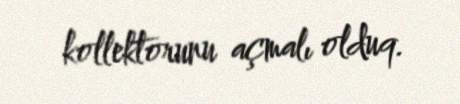
kollektorunu açmalı olduq.